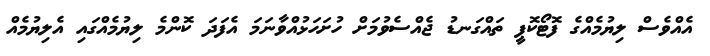
އެއްވެސް ލިޔުމެއްގެ ފޮޓޯކޮޕީ ތައްގަނޑު ޖެއްސެވުމަށް ހުށަހަޅުއްވާނަމަ އެފަދަ ކޮންމެ ލިޔުމެއްގައި އެލިޔުމެއް